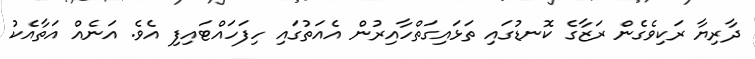
ދާރިޔާ ރަކިވެގެން ރަޒާގެ ކޮނޑުގައި ތަޅައިގަތްހާއިރުން އެއަތުގައި ހިފަހައްޓައިފި އެވެ. އަނެއް އަތާއެކު